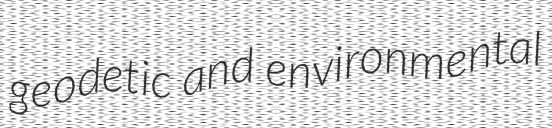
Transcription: geodetic and environmental